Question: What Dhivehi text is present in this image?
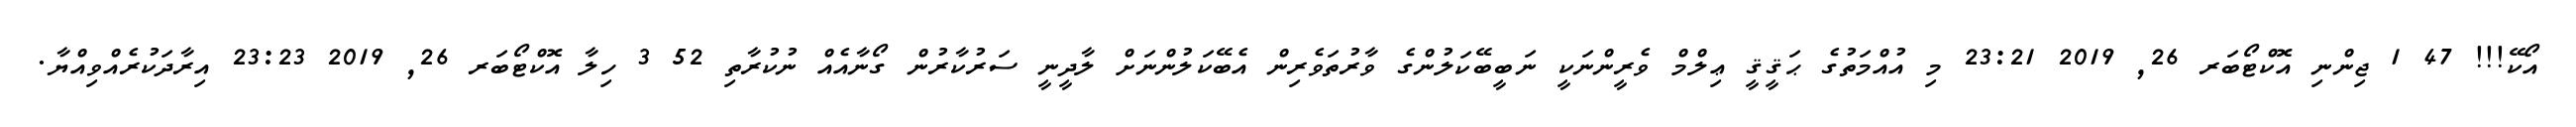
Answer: އޯކޭ!!! 47 1 ޖިންނި އޮކްޓޯބަރ 26, 2019 23:21 މި އުއްމަތުގެ ޙަޤީޤީ ޢިލްމް ވެރީންނަކީ ނަބީބޭކަލުންގެ ވާރުތަވެރިން އެބޭކަލުންނަށް ލާދީނީ ސަރުކާރުން ގޯނާއެއް ނުކުރާތި 52 3 ހިލާ އޮކްޓޯބަރ 26, 2019 23:23 އިރާދަކުރެއްވިއްޔާ.